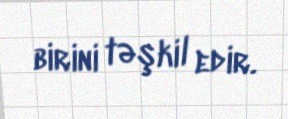
birini təşkil edir.